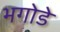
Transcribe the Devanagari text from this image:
भगोडे